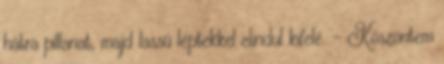
hátra pillanat, majd lassú léptekkel elindul kifelé. - Köszöntem